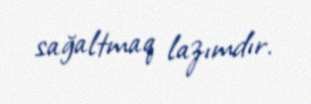
sağaltmaq lazımdır.